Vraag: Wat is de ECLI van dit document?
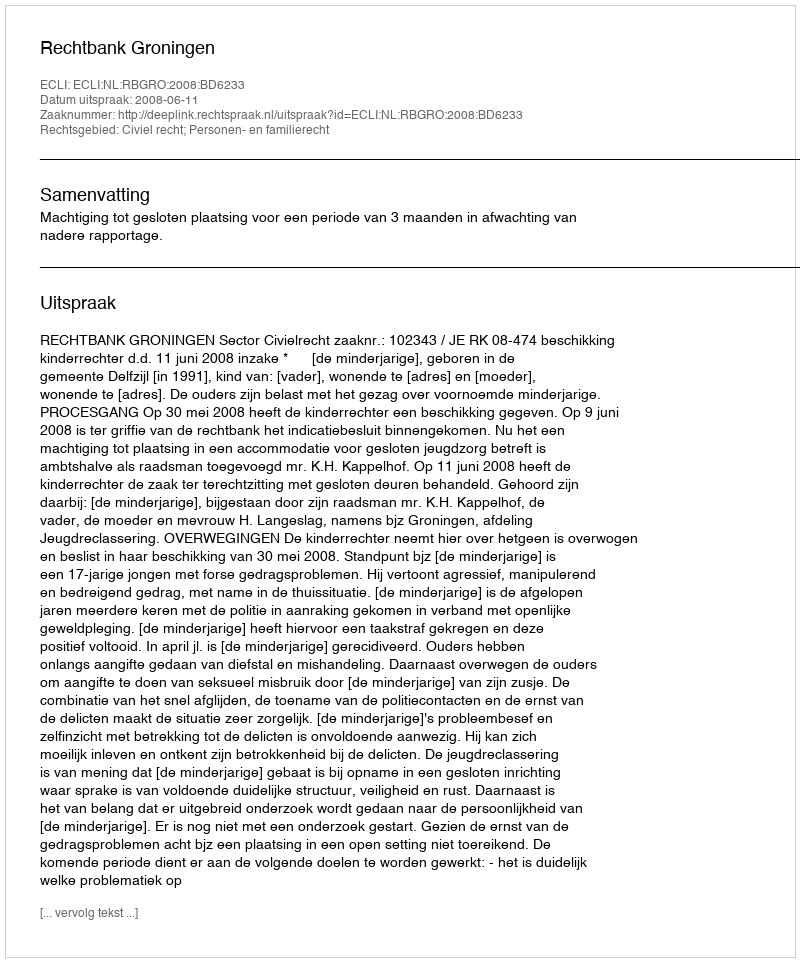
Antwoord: ECLI:NL:RBGRO:2008:BD6233